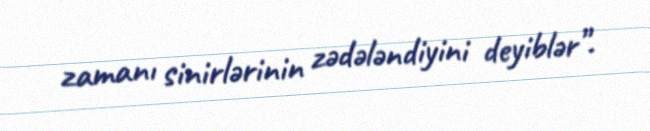
zamanı sinirlərinin zədələndiyini deyiblər”.